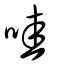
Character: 哇